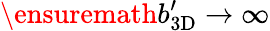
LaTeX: \ensuremath{b_{\mathrm{3D}}^{\prime}}\rightarrow\infty